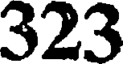
323